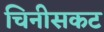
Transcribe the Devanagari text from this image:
चिनीसकट